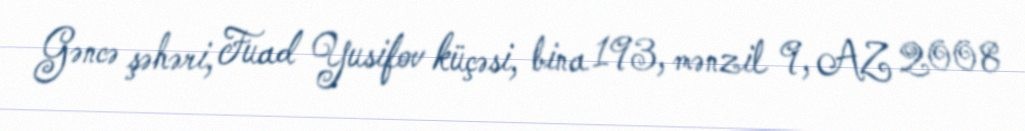
Gəncə şəhəri, Fuad Yusifov küçəsi, bina 193, mənzil 9, AZ 2008